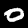
Label: 0